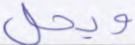
ويحل